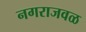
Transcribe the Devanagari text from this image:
नगराजवळ